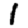
Digit: 1